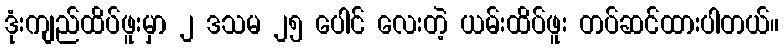
ဒုံးကျည်ထိပ်ဖူးမှာ ၂ ဒသမ ၂၅ ပေါင် လေးတဲ့ ယမ်းထိပ်ဖူး တပ်ဆင်ထားပါတယ်။